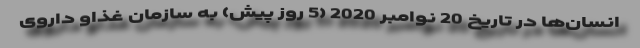
انسان‌ها در تاریخ 20 نوامبر 2020 (5 روز پیش) به سازمان غذاو داروی